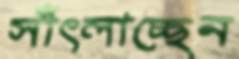
সাঁৎলাচ্ছেন